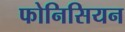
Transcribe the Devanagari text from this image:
फोनिसियन